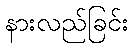
နားလည်ခြင်း